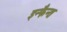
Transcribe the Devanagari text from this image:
इन्फैन्त